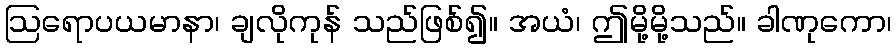
ဩရောပယမာနာ၊ ချလိုကုန် သည်ဖြစ်၍။ အယံ၊ ဤမို့မို့သည်။ ခါဏုကော၊